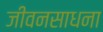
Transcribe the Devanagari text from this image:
जीवनसाधना